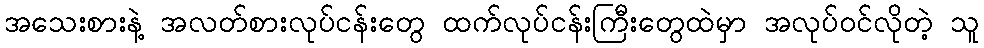
အသေးစားနဲ့ အလတ်စားလုပ်ငန်းတွေ ထက်လုပ်ငန်းကြီးတွေထဲမှာ အလုပ်ဝင်လိုတဲ့ သူ